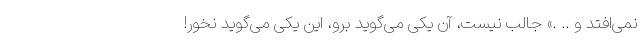
نمی‌افتد و .. .» جالب نیست، آن یکی می‌گوید برو، این یکی می‌گوید نخور!